Vaccination in Bombay 1856-1862 - 1856-1862
Year: 1856
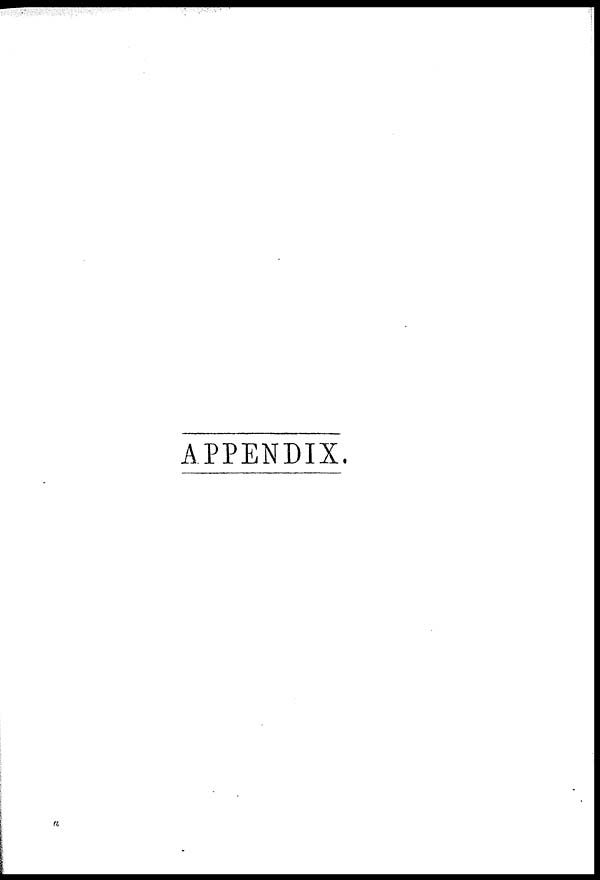
APPENDIX.
a